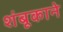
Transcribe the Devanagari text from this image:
शंबूकाने